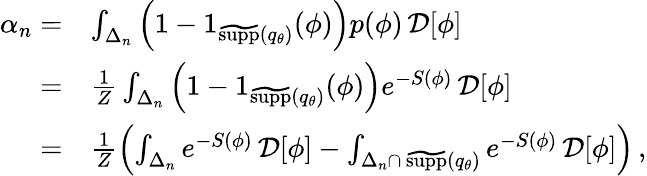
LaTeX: \begin{array}{rl}{\alpha_{n}=}&{\int_{\Delta_{n}}\left(1-1_{\widetilde{\textrm{supp}}({q}_{\theta})}(\phi)\right)p(\phi)\, \mathcal{D}[\phi]}\\ {=}&{\frac{1}{Z}\int_{\Delta_{n}}\left(1-1_{\widetilde{\textrm{supp}}({q}_{\theta})}(\phi)\right)e^{-S(\phi)}\, \mathcal{D}[\phi]}\\ {=}&{\frac{1}{Z}\left(\int_{\Delta_{n}}e^{-S(\phi)}\, \mathcal{D}[\phi]-\int_{{\Delta_{n}}\cap\, {\widetilde{\textrm{supp}}({q}_{\theta})}}e^{-S(\phi)}\, \mathcal{D}[\phi]\right)\, ,}\end{array}